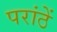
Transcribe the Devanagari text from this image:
परांठें